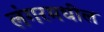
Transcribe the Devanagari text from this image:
लंगरमधील